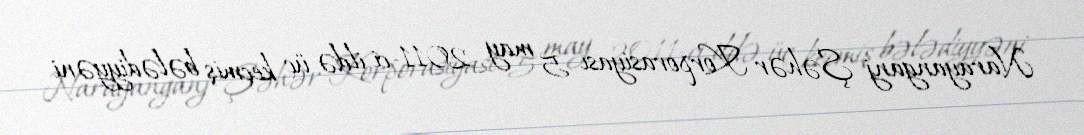
Narayanganj Şəhər Korporasiyası 5 may 2011-ci ildə üç keçmiş bələdiyyəni